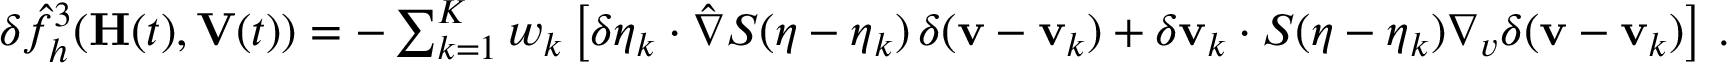
\begin{array} { r } { \delta \hat { f } _ { h } ^ { 3 } ( \mathbf H ( t ) , \mathbf V ( t ) ) = - \sum _ { k = 1 } ^ { K } w _ { k } \left[ \delta { \boldsymbol \eta } _ { k } \cdot \hat { \nabla } S ( { \boldsymbol \eta } - { \boldsymbol \eta } _ { k } ) \, \delta ( { \mathbf v } - { \mathbf v } _ { k } ) + \delta { \mathbf v } _ { k } \cdot S ( { \boldsymbol \eta } - { \boldsymbol \eta } _ { k } ) \nabla _ { v } \delta ( { \mathbf v } - { \mathbf v } _ { k } ) \right] \, . } \end{array}